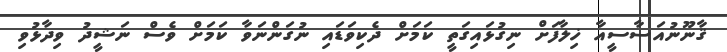
ޤާނޫނުއަސާސީއާ ޚިލާފަށް ނިގުޅައިގަތީ ކަމަށް ދެކިވަޑައި ނުގަންނަވާ ކަމަށް ވެސް ނަޝީދު ވިދާޅުވި